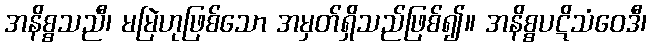
အနိစ္စသညီ၊ မမြဲဟုဖြစ်သော အမှတ်ရှိသည်ဖြစ်၍။ အနိစ္စပဋိသံဝေဒီ၊